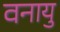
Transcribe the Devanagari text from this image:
वनायु